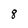
Character: 8